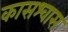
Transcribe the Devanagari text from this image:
कासश्वास